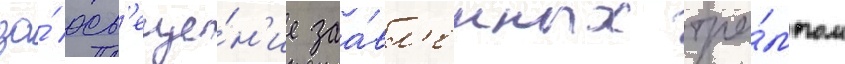
за́ осв'еще́н'ие заа́вл'енных тра́мпом